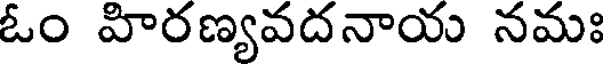
ఓం హిరణ్యవదనాయ నమః